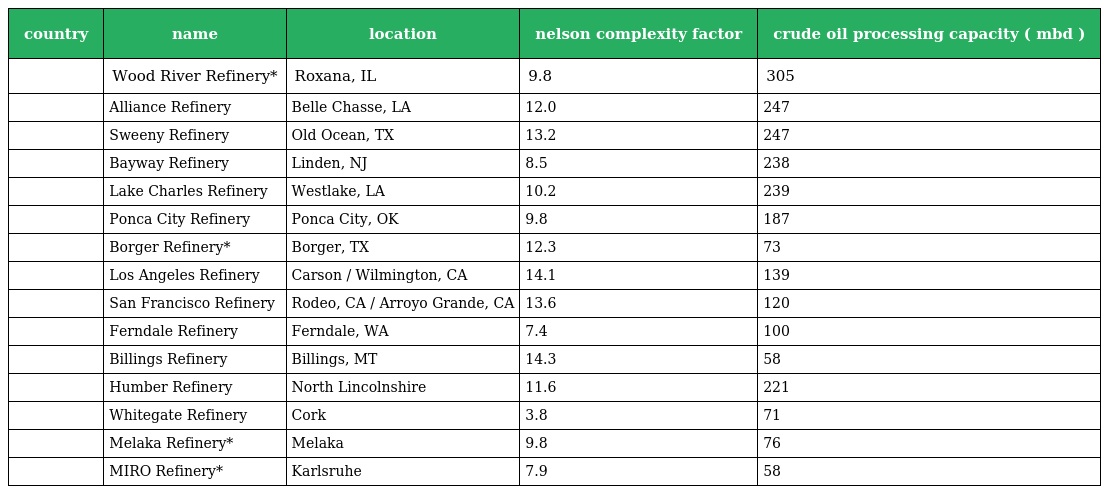
| country | name | location | nelson complexity factor | crude oil processing capacity ( mbd ) |
 | --- | --- | --- | --- | --- |
 |  | Wood River Refinery* | Roxana, IL | 9.8 | 305 |
 |  | Alliance Refinery | Belle Chasse, LA | 12.0 | 247 |
 |  | Sweeny Refinery | Old Ocean, TX | 13.2 | 247 |
 |  | Bayway Refinery | Linden, NJ | 8.5 | 238 |
 |  | Lake Charles Refinery | Westlake, LA | 10.2 | 239 |
 |  | Ponca City Refinery | Ponca City, OK | 9.8 | 187 |
 |  | Borger Refinery* | Borger, TX | 12.3 | 73 |
 |  | Los Angeles Refinery | Carson / Wilmington, CA | 14.1 | 139 |
 |  | San Francisco Refinery | Rodeo, CA / Arroyo Grande, CA | 13.6 | 120 |
 |  | Ferndale Refinery | Ferndale, WA | 7.4 | 100 |
 |  | Billings Refinery | Billings, MT | 14.3 | 58 |
 |  | Humber Refinery | North Lincolnshire | 11.6 | 221 |
 |  | Whitegate Refinery | Cork | 3.8 | 71 |
 |  | Melaka Refinery* | Melaka | 9.8 | 76 |
 |  | MIRO Refinery* | Karlsruhe | 7.9 | 58 |